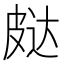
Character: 𰤨